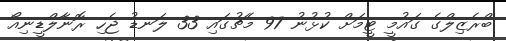
ބްރެޒިލްގެ ގައުމީ ޓީމަށް ކުޅުނު 97 މެޗުގައި 33 ލަނޑު ޖެހި ރޮނާލްޑީނިއޯ